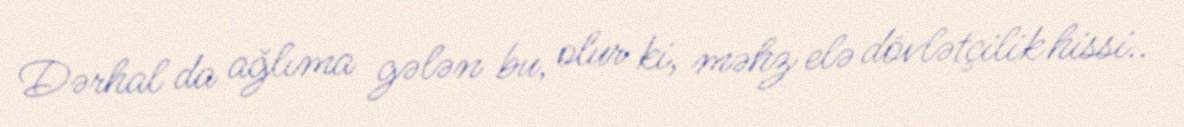
Dərhal da ağlıma gələn bu, olur ki, məhz elə dövlətçilik hissi..